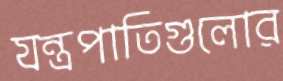
যন্ত্রপাতিগুলোর